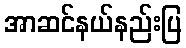
အာဆင်နယ်နည်းပြ